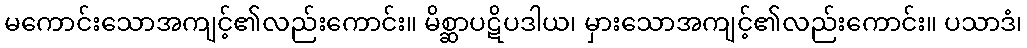
မကောင်းသောအကျင့်၏လည်းကောင်း။ မိစ္ဆာပဋိပဒါယ၊ မှားသောအကျင့်၏လည်းကောင်း။ ပသာဒံ၊